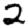
Digit: 2